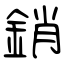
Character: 銷